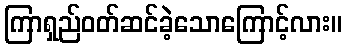
ကြာရှည်ဝတ်ဆင်ခဲ့သောကြောင့်လား။